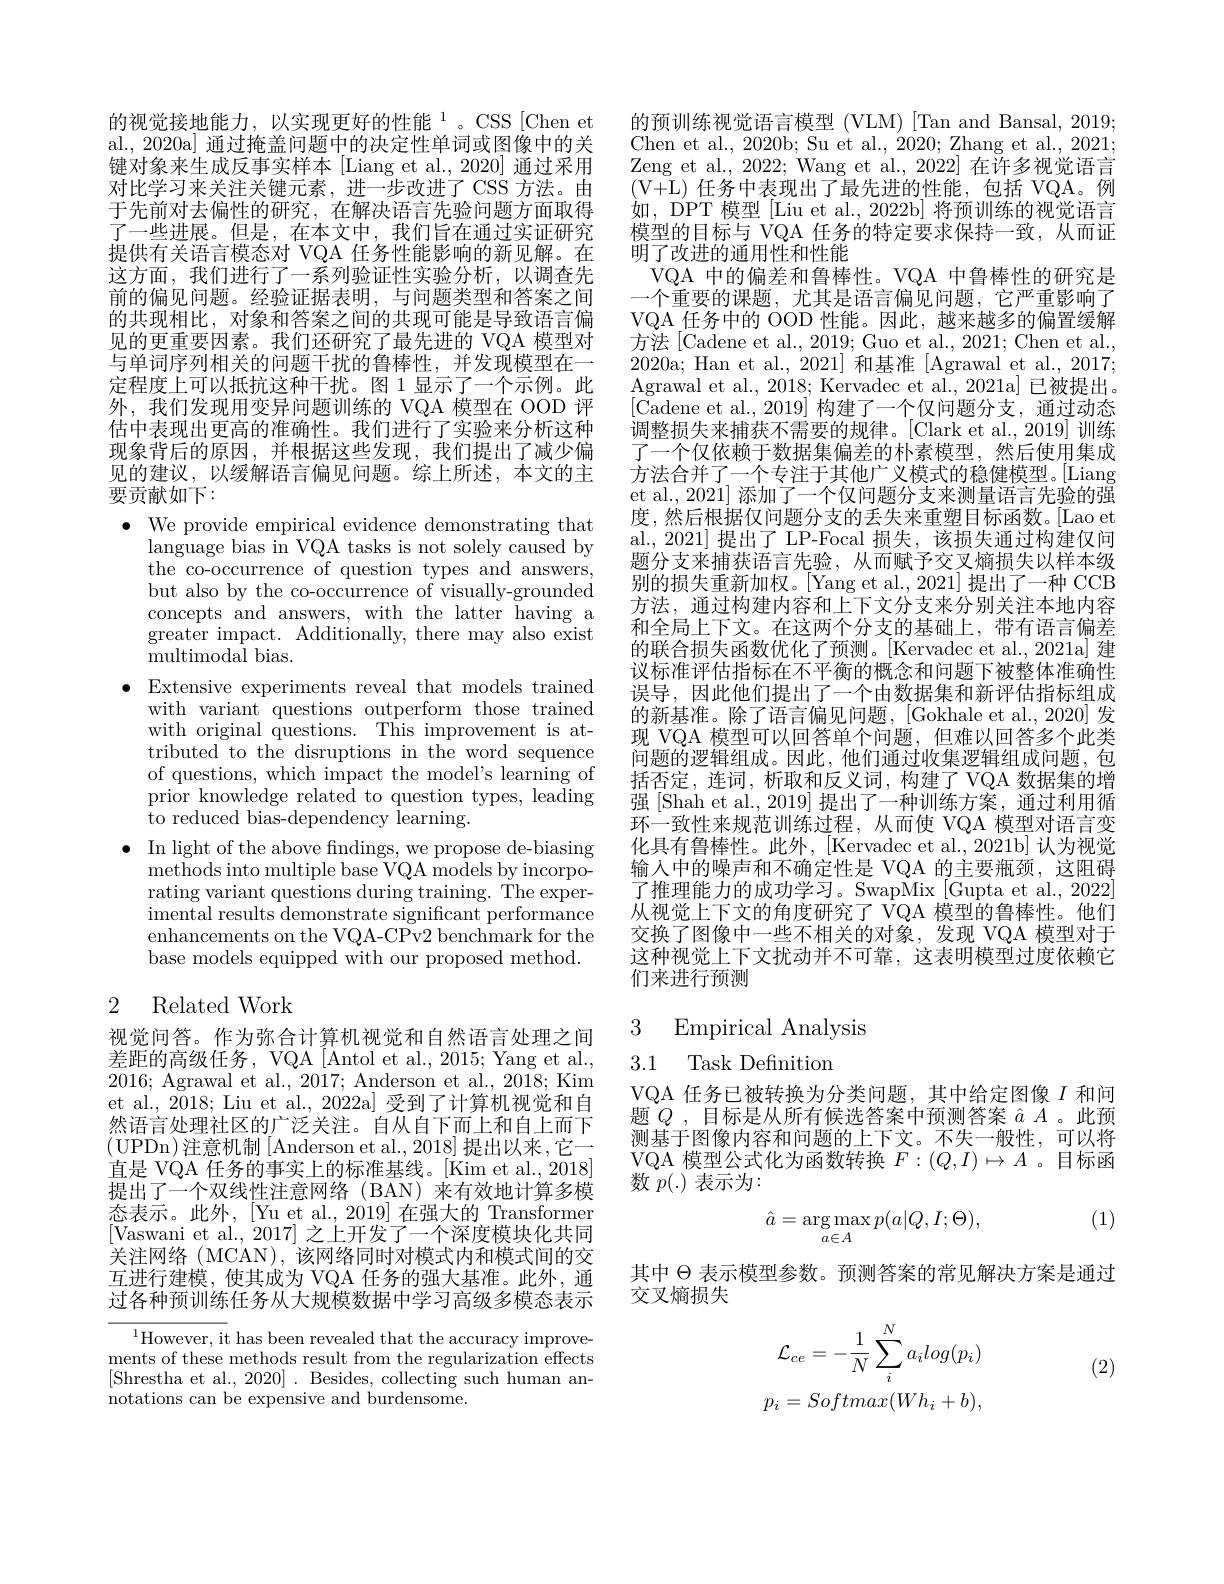
的视觉接地能力，以实现更好的性能$^{1}$。CSS[Chen et al., 2020a] 通过掩盖问题中的决定性单词或图像中的关键对象来生成反事实样本[Liang et al.,2020] 通过采用对比学习来关注关键元素，进一步改进了 CSS 方法。由于先前对去偏性的研究，在解决语言先验问题方面取得了一些进展。但是，在本文中，我们旨在通过实证研究提供有关语言模态对 VQA 任务性能影响的新见解。在这方面，我们进行了一系列验证性实验分析，以调查先前的偏见问题。经验证据表明，与问题类型和答案之间的共现相比，对象和答案之间的共现可能是导致语言偏见的更重要因素。我们还研究了最先进的 VQA 模型对与单词序列相关的问题干扰的鲁棒性，并发现模型在一定程度上可以抵抗这种干扰。图 1 显示了一个示例。此外，我们发现用变异问题训练的 VQA 模型在 OOD 评估中表现出更高的准确性。我们进行了实验来分析这种现象背后的原因，并根据这些发现，我们提出了减少偏见的建议，以缓解语言偏见问题。综上所述，本文的主要贡献如下：
$\bullet$ We provide empirical evidence demonstrating that
language bias in VQA tasks is not solely caused by the co-occurrence of question types and answers, but also by the co-occurrence of visually-grounded concepts and answers, with the latter having a ${\mathrm{greater~impact.~Additionally,~there~may~also~exist}}$ ${\mathrm{multimodal~bias.}}$
$\bullet$ Extensive experiments reveal that models trained
with variant questions outperform those trained with original questions. This improvement is attributed to the disruptions in the word sequence of questions, which impact the model's learning of prior knowledge related to question types, leading to reduced bias-dependency learning.
$\bullet$ In light of the above fndings, we propose de-biasing
${\mathrm{methods~into~multiple~base~VQA~models~by~incorpo-}}$ rating variant questions during training. The experimental results demonstrate significant performance enhancements on the VQA-CPv2 benchmark for the base models equipped with our proposed method.

2 Related Work

视觉问答。作为弥合计算机视觉和自然语言处理之间差距的高级任务，VQA [Antol et al., 2015; Yang et al., 2016; Agrawal et al., 2017; Anderson et al., 2018; Kim et al., 2018; Liu et al., 2022a] 受到了计算机视觉和自然语言处理社区的广泛关注。自从自下而上和自上而下(UPDn)注意机制[Anderson et al.,2018]提出以来，它一] 直是 VQA 任务的事实上的标准基线。[Kim et al., 2018] 提出了一个双线性注意网络(BAN)来有效地计算多模态表示。此外，[Yu et al.,2019]在强大的 Transformer [Vaswani et al., 2017] 之上开发了一个深度模块化共同关注网络(MCAN),该网络同时对模式内和模式间的交互进行建模，使其成为 VQA 任务的强大基准。此外，通过各种预训练任务从大规模数据中学习高级多模态表示

$^{1}$However, it has been revealed that the accuracy improvements of these methods result from the regularization effects [Shrestha et al., 2020]. Besides, collecting such human annotations can be expensive and burdensome.

的预训练视觉语言模型 (VLM) [Tan and Bansal, 2019; Chen et al., 2020b; Su et al., 2020; Zhang et al., 2021; Zeng et al., 2022; Wang et al., 2022] 在许多视觉语言$(\bar{\mathrm{V+L}})$任务中表现出了最先进的性能，包括 VQA。例如，DPT 模型 [Liu et al., 2022b] 将预训练的视觉语言模型的目标与 VQA 任务的特定要求保持一致，从而证明了改进的通用性和性能
VQA 中的偏差和鲁棒性。VQA 中鲁棒性的研究是一个重要的课题，尤其是语言偏见问题，它严重影响了VQA 任务中的 OOD 性能。因此，越来越多的偏置缓解方法 [Cadene et al., 2019; Guo et al., 2021; Chen et al., 2020a; Han et al., 2021] 和基准 [Agrawal et al., 2017; Agrawal et al., 2018; Kervadec et al., 2021a] 已被提出。[Cadene et al.,2019] 构建了一个仅问题分支，通过动态调整损失来捕获不需要的规律。[Clark et al., 2019] 训练了一个仅依赖于数据集偏差的朴素模型，然后使用集成方法合并了一个专注于其他广义模式的稳健模型。[Liang et al., 2021] 添加了一个仅问题分支来测量语言先验的强度，然后根据仅问题分支的丢失来重塑目标函数。[Lao et al.,2021]提出了LP-Focal 损失，该损失通过构建仅问题分支来捕获语言先验，从而赋予交叉熵损失以样本级别的损失重新加权。[Yang et al., 2021] 提出了一种 CCB 方法，通过构建内容和上下文分支来分别关注本地内容和全局上下文。在这两个分支的基础上，带有语言偏差的联合损失函数优化了预测。[Kervadec et al., 2021a] 建议标准评估指标在不平衡的概念和问题下被整体准确性误导，因此他们提出了一个由数据集和新评估指标组成的新基准。除了语言偏见问题，[Gokhale et al.,2020]发现 VQA 模型可以回答单个问题，但难以回答多个此类问题的逻辑组成。因此，他们通过收集逻辑组成问题，包括否定，连词，析取和反义词，构建了VQA 数据集的增强[Shah et al., 2019] 提出了一种训练方案，通过利用循环一致性来规范训练过程，从而使 VQA 模型对语言变化具有鲁棒性。此外，[Kervadec et al., 2021b] 认为视觉输入中的噪声和不确定性是 VQA 的主要瓶颈，这阻碍了推理能力的成功学习。SwapMix [Gupta et al., 2022] 从视觉上下文的角度研究了 VQA 模型的鲁棒性。他们交换了图像中一些不相关的对象，发现 VQA 模型对于这种视觉上下文扰动并不可靠，这表明模型过度依赖它们来进行预测

## 3 Empirical Analysis 3.1 Task Definitiom

VQA 任务已被转换为分类问题，其中给定图像$I$和问题$Q$ ,目标是从所有候选答案中预测答案$\hat{a}A$ 。此预测基于图像内容和问题的上下文。不失一般性，可以将VQA 模型公式化为函数转换$F:(Q,I)\mapsto A$ 。目标函数$p(.)$表示为：

(1)
$$\hat{a}=\underset{a\in A}{\arg\max}p(a|Q,I;\Theta),$$
其中$\Theta$表示模型参数。预测答案的常见解决方案是通过
交叉熵损失

(2)
$$\begin{aligned}\mathcal{L}_{ce}&=-\frac{1}{N}\sum_{i}^{N}a_ilog(p_i)\\p_{i}&=Softmax(Wh_i+b),\end{aligned}$$